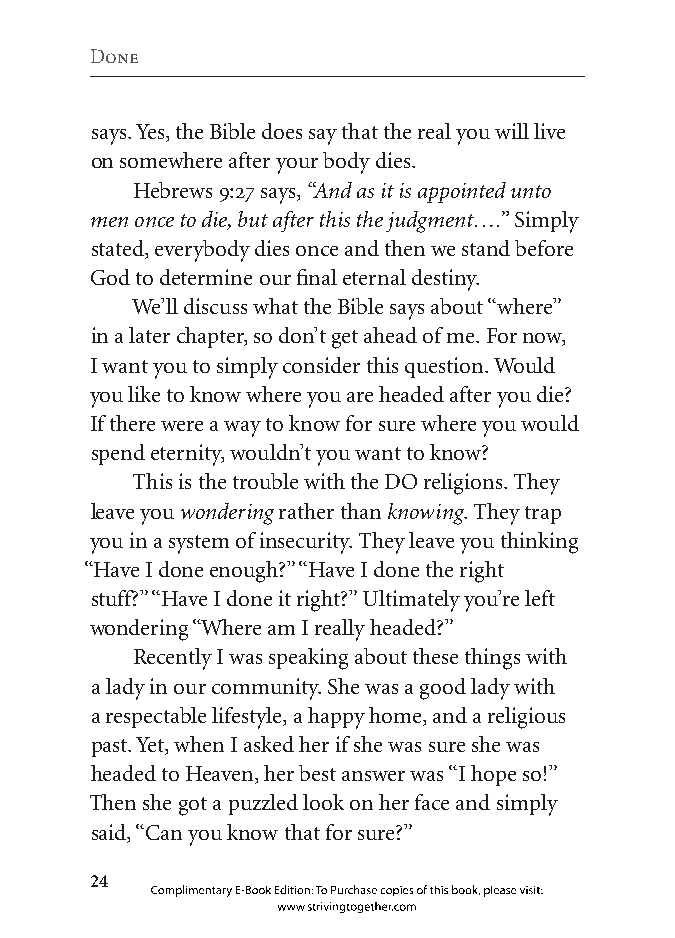
Done
 says. Yes, the Bible does say that the real you will live
 on somewhere after your body dies.
 Hebrews 9:27 says, “And as it is appointed unto
 men once to die, but after this the judgment….” Simply
 stated, everybody dies once and then we stand before
 God to determine our final eternal destiny.
 We’ll discuss what the Bible says about “where”
 in a later chapter, so don’t get ahead of me. For now,
 I want you to simply consider this question. Would
 you like to know where you are headed after you die?
 If there were a way to know for sure where you would
 spend eternity, wouldn’t you want to know?
 This is the trouble with the DO religions. They
 leave you wondering rather than knowing. They trap
 you in a system of insecurity. They leave you thinking
 “Have I done enough?” “Have I done the right
 stuff?” “Have I done it right?” Ultimately you’re left
 wondering “Where am I really headed?”
 Recently I was speaking about these things with
 a lady in our community. She was a good lady with
 a respectable lifestyle, a happy home, and a religious
 past. Yet, when I asked her if she was sure she was
 headed to Heaven, her best answer was “I hope so!”
 Then she got a puzzled look on her face and simply
 said, “Can you know that for sure?”
 
 Complimentary E-Book Edition: To Purchase copies of this book, please visit:
 www.strivingtogether.com